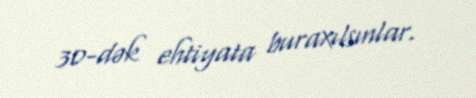
30-dək ehtiyata buraxılsınlar.